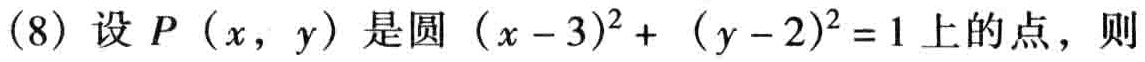
(8) 设 \(P(x,y)\) 是圆 \((x - 3)^{2}+(y - 2)^{2}=1\) 上的点，则